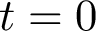
t = 0